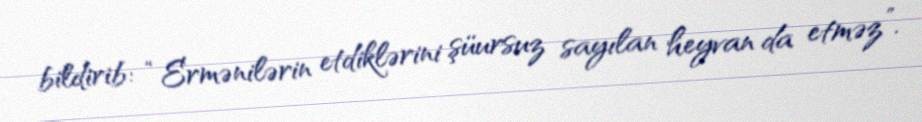
bildirib: “Ermənilərin etdiklərini şüursuz sayılan heyvan da etməz”.